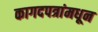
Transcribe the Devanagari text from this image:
कागदपत्रांमधून